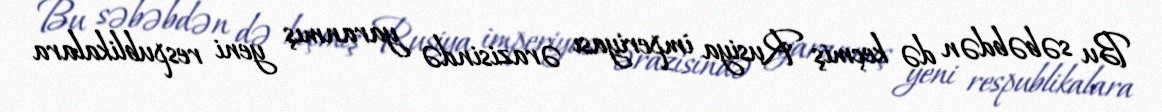
Bu səbəbdən də keçmiş Rusiya imperiyası ərazisində yaranmış yeni respublikalara